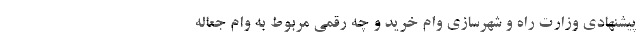
پیشنهادی وزارت راه و شهرسازی وام خرید و چه رقمی مربوط به وام جعاله